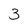
Character: 3